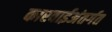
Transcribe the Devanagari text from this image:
कारवाईअंतर्गत